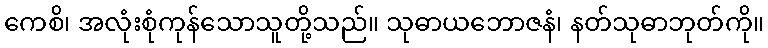
ကေစိ၊ အလုံးစုံကုန်သောသူတို့သည်။ သုဓာယဘောဇနံ၊ နတ်သုဓာဘုတ်ကို။